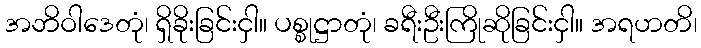
အဘိဝါဒေတုံ၊ ရှိခိုးခြင်းငှါ။ ပစ္စုဋ္ဌာတုံ၊ ခရီးဦးကြိုဆိုခြင်းငှါ။ အရဟတိ၊